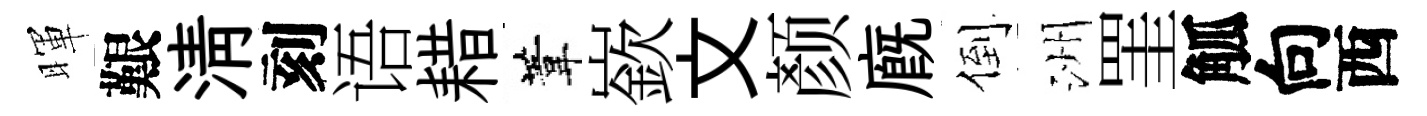
暉艱淸刻语耤葦嶔文颜廐倒洲罣觚向西